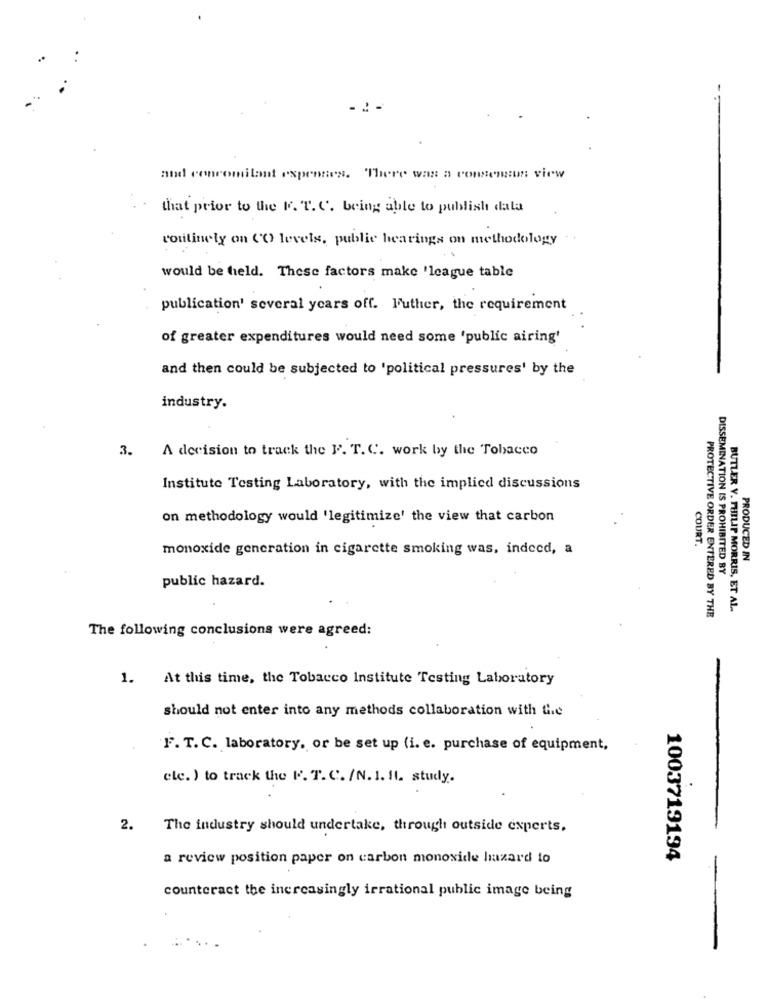
and
concomitant expenses. There was a consensus view
that prior to the P. T. C. being able to publish dala
routinely on CO levels, public hearings on methodology
would be held. These factors make 'league table
publication' several years off. Futher, the requirement
of greater expenditures would need some 'public airing'
and then could be subjected to 'political pressures' by the
industry.
3.
A decision to track the F. T. C. work by the Tobacco
Institute Testing Laboratory, with the implied discussions
on methodology would 'legitimize' the view that carbon
COURT.
monoxide generation in cigarette smoking was, indeed, a
PRODUCED IN
DISSEMINATION IS PROHIBITED BY
public hazard.
PROTECTIVE ORDER ENTERED BY THE
BUTLER V. PHILIP MORRIS, ET AL.
The following conclusions were agreed:
1.
At this time, the Tobacco Institute Testing Laboratory
should not enter into any methods collaboration with the
F. T.C. laboratory, or be set up (i. e. purchase of equipment,
ele. ) to track the P. T. C. /N. 1. 11. study.
2.
The industry should undertake, through outside experts,
a review position paper on carbon monoxide hazard to
1003719194
counteract the increasingly irrational public image being